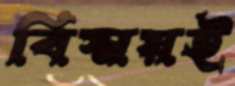
বিস্ময়ই